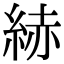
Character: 𦀗